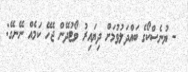
- ޔުނެސްކޯގެ ބައްދަލުވުމަށް ދިޔައިރު ވޯޓުދޭން ޖެހޭ ކަމެއް ނޭނގޭ: